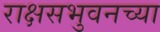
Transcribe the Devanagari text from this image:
राक्षसभुवनच्या